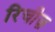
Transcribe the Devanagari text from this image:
रिचीज़